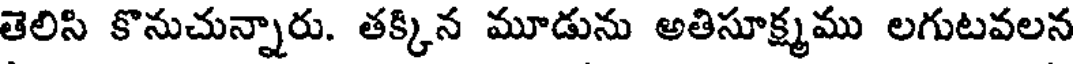
తెలిసి కొనుచున్నారు. తక్కిన మూడును అతిసూక్ష్మము లగుటవలన